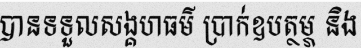
បានទទួលសង្គហធម៌ ប្រាក់ឧបត្ថម្ភ និង